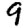
Digit: 9